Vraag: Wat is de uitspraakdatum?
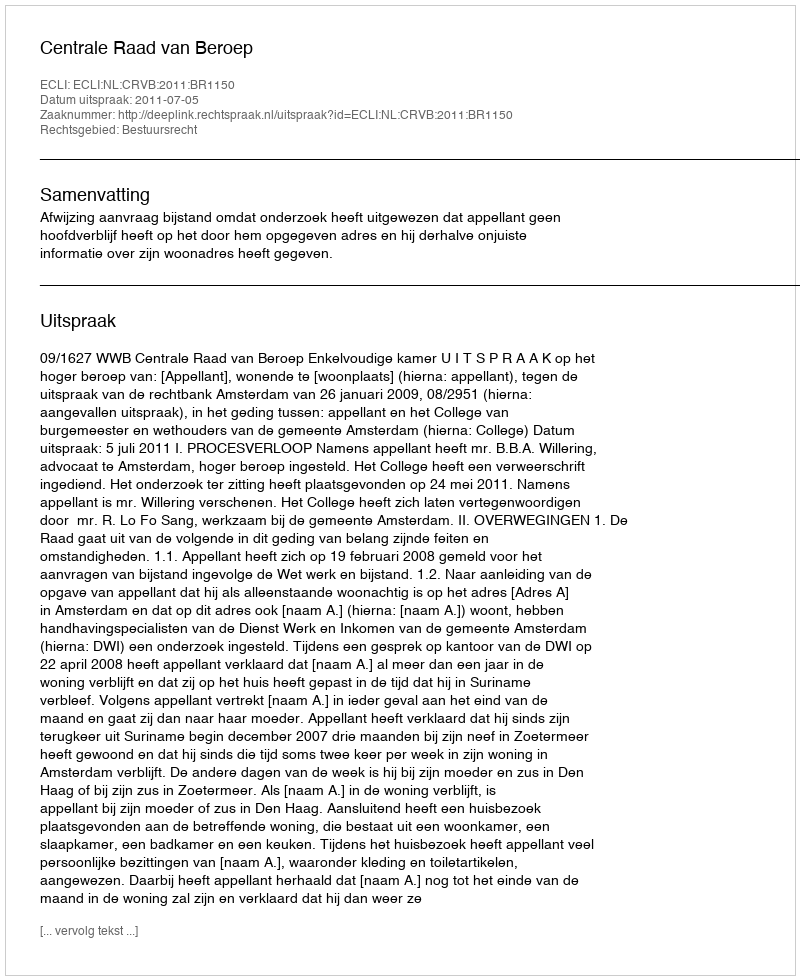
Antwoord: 2011-07-05